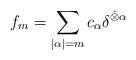
LaTeX: \begin{align*} f_m=\sum_{|\alpha|=m}c_{\alpha}\delta ^{\hat{\otimes}\alpha}\end{align*}